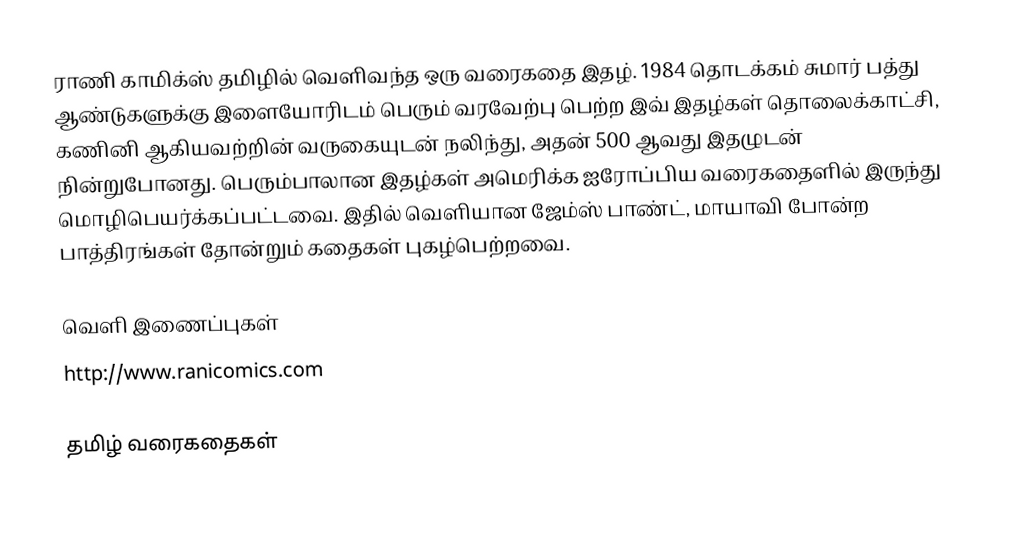
ராணி காமிக்ஸ் தமிழில் வெளிவந்த ஒரு வரைகதை இதழ்.  1984 தொடக்கம் சுமார் பத்து ஆண்டுகளுக்கு இளையோரிடம் பெரும் வரவேற்பு பெற்ற இவ் இதழ்கள் தொலைக்காட்சி, கணினி ஆகியவற்றின் வருகையுடன் நலிந்து, அதன் 500 ஆவது இதழுடன் நின்றுபோனது.  பெரும்பாலான இதழ்கள் அமெரிக்க ஐரோப்பிய வரைகதைளில் இருந்து மொழிபெயர்க்கப்பட்டவை. இதில் வெளியான ஜேம்ஸ் பாண்ட், மாயாவி போன்ற பாத்திரங்கள் தோன்றும் கதைகள் புகழ்பெற்றவை.

வெளி இணைப்புகள்
 http://www.ranicomics.com

தமிழ் வரைகதைகள்